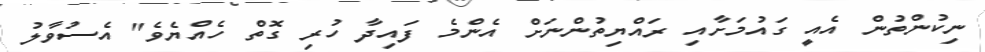
ނިކުންތުން އެއީ ގައުމަށާއި ރައްޔިތުންނަށް އެންމެ ފައިދާ ހުރި ގޮތް ހެއްޔެވެ" އެސުވާލު